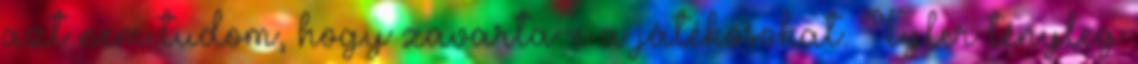
azt nem tudom, hogy zavarta-e a játékosokat. Tyler tényleg